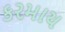
કરમાય